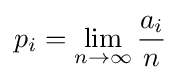
p_{i}=\lim _{n\rightarrow \infty }{\frac {a_{i}}{n}}